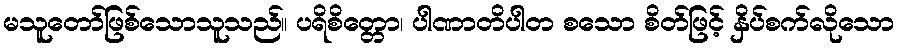
မသူတော်ဖြစ်သောသူသည်။ ပရိစိတ္တော၊ ပါဏာတိပါတ စသော စိတ်ဖြင့် နှိပ်စက်လိုသော